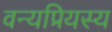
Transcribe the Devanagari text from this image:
वन्यप्रियस्य